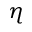
\eta